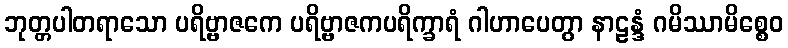
ဘုတ္တပါတရာသော ပရိဗ္ဗာဇကေ ပရိဗ္ဗာဇကပရိက္ခာရံ ဂါဟာပေတွာ နာဠန္ဒံ ဂမိဿာမိစ္စေဝ